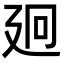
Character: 㢠